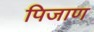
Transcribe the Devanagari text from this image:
पिजाण